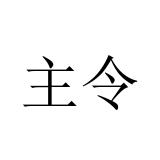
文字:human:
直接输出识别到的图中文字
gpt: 主令